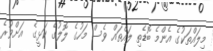
މިލައްތަކުގެ އެންމެ ބޮޑެތި ލައްތައް ވެސް މަހުގެ ލޮލުގެ ކަޅީގެ  އަށްވުރެ